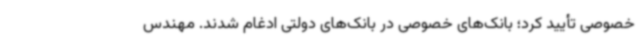
خصوصی تأیید کرد؛ بانک‌های خصوصی در بانک‌های دولتی ادغام شدند. مهندس